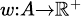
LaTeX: \scriptstyle w\colon A\to{\mathbb{R}}^{+}